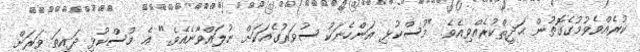
ކުރެއްވެވުމުގެގޮތުން ޙަދީޘްކުރެއްވިއެވެ. "މުސްކުޅި އަންހެނަކު ސުވަރުގެއަކަށް ނުލައްވާނެއެވެ." އެ މުސްކުޅި ދައިތަ ވަރަށް